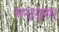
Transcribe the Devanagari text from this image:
चन्द्रगुप्तम्